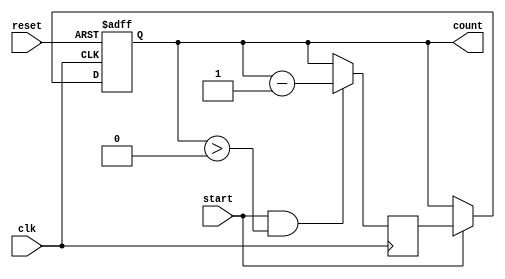
module countdown_timer (
  input wire clk,
  input wire reset,
  input wire start,
  output reg [3:0] count
);

reg [3:0] count_next;

always @ (posedge clk or posedge reset) begin
  if (reset) begin
    count <= 4'b0000;
  end else if (start) begin
    count <= count_next;
  end else begin
    count <= count;
  end
end

always @ (posedge clk) begin
  if (start && count > 0) begin
    count_next <= count - 1;
  end else begin
    count_next <= count;
  end
end

endmodule